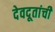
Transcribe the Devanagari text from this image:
देवदूतांची